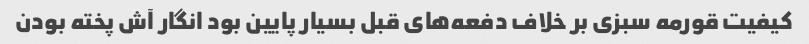
کیفیت قورمه سبزی بر خلاف دفعه‌های قبل بسیار پایین بود انگار آش پخته بودن